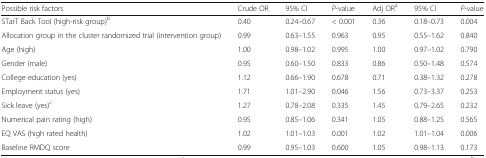
| Possible risk factors | Crude OR | 95% CI | P-value | Adj ORa | 95% CI | P-value |
 | --- | --- | --- | --- | --- | --- | --- |
 | STarT Back Tool (high-risk group)b | 0.40 | 0.24–0.67 | < 0.001 | 0.36 | 0.18–0.73 | 0.004 |
 | Allocation group in the cluster randomized trial (intervention group) | 0.99 | 0.63–1.55 | 0.963 | 0.95 | 0.55–1.62 | 0.840 |
 | Age (high) | 1.00 | 0.98–1.02 | 0.995 | 1.00 | 0.97–1.02 | 0.790 |
 | Gender (male) | 0.95 | 0.60–1.50 | 0.833 | 0.86 | 0.50–1.48 | 0.574 |
 | College education (yes) | 1.12 | 0.66–1.90 | 0.678 | 0.71 | 0.38–1.32 | 0.278 |
 | Employment status (yes) | 1.71 | 1.01–2.90 | 0.046 | 1.56 | 0.73–3.37 | 0.253 |
 | Sick leave (yes)c | 1.27 | 0.78–2.08 | 0.335 | 1.45 | 0.79–2.65 | 0.232 |
 | Numerical pain rating (high) | 0.95 | 0.85–1.06 | 0.341 | 1.05 | 0.88–1.25 | 0.565 |
 | EQ VAS (high rated health) | 1.02 | 1.01–1.03 | 0.001 | 1.02 | 1.01–1.04 | 0.006 |
 | Baseline RMDQ score | 0.99 | 0.95–1.03 | 0.600 | 1.05 | 0.98–1.13 | 0.173 |